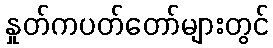
နှုတ်ကပတ်တော်များတွင်